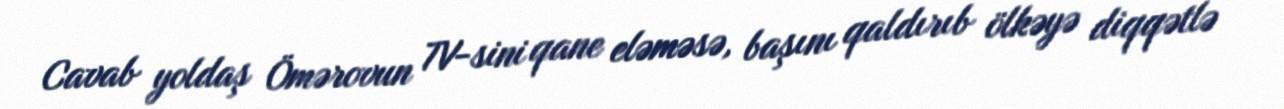
Cavab yoldaş Ömərovun TV-sini qane eləməsə, başını qaldırıb ölkəyə diqqətlə